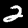
Label: 2